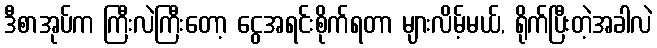
ဒီစာအုပ်က ကြီးလဲကြီးတော့ ငွေအရင်းစိုက်ရတာ များလိမ့်မယ်, ရိုက်ပြီးတဲ့အခါလဲ